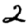
Digit: 2